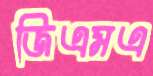
জিএমএ